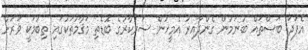
އެފަދަ ބަސްތައް ބުނަމުން ގެންދާއިރު އެމީހުން ސަރުކާރުގެ ބޮޑެތި މަޤާމުތަކުގައި ތިބުމަކީ ވަރަށް